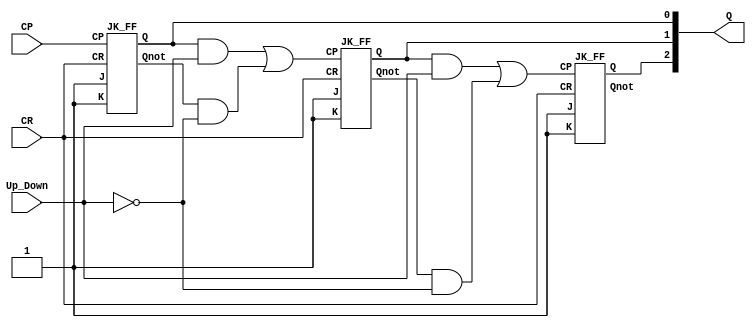
module Up_DownCounter (Q,CP,Up_Down, CR); //IEEE 13641995 Syntax
input CP,Up_Down, CR; //
output [2:0]Q; //
wire UP,CP1,CP2; //
wire S1,S2,S3, S5,S6,S7, notQ2;
JK_FF FF0(1'b1, 1'b1, CP, Q[0], S1, CR);
JK_FF FF1(1'b1, 1'b1, CP1, Q[1], S5, CR);
JK_FF FF2(1'b1, 1'b1, CP2, Q[2], notQ2, CR);
and (S2, Q[0], Up_Down);
not (Up, Up_Down);
and (S3, S1, Up);
or (CP1, S2, S3);
and (S6, Q[1], Up_Down);
and (S7, S5, Up);
or (CP2, S6, S7);
endmodule

module JK_FF (J,K,CP,Q,Qnot,CR); //6.6.6
output Q,Qnot;
input J,K,CP, CR;
reg Q;
assign Qnot = ~ Q ;
always @(posedge CP, negedge CR)
if (~CR) Q <= 0;
else begin
case ({J,K}) //JK
2'b00: Q <= Q;
2'b01: Q <= 1'b0;
2'b10: Q <= 1'b1;
2'b11: Q <= ~ Q;
endcase
end
endmodule